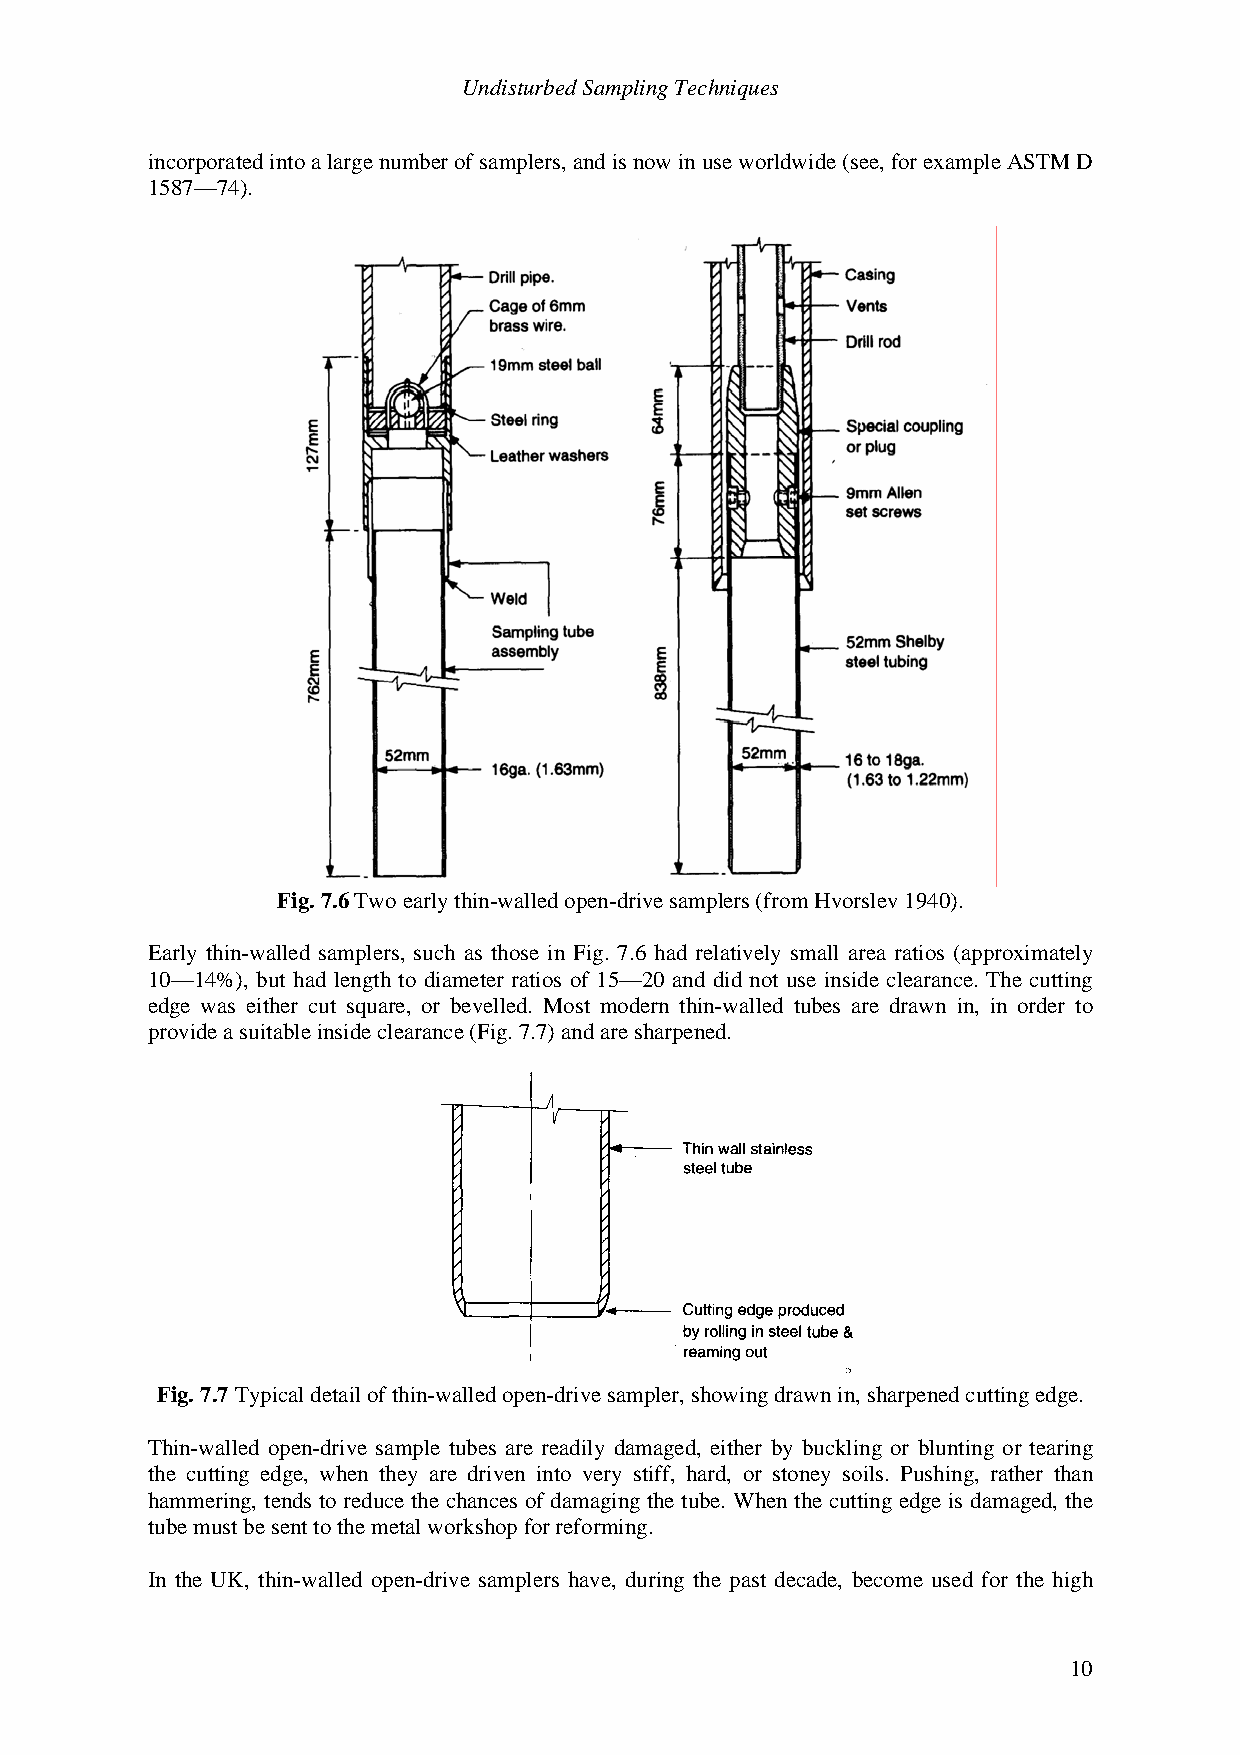
Undisturbed Sampling Techniques
 incorporated into a large number of samplers, and is now in use worldwide (see, for example ASTM D
 1587—74).
 Fig. 7.6 Two early thin-walled open-drive samplers (from Hvorslev 1940).
 Early thin-walled samplers, such as those in Fig. 7.6 had relatively small area ratios (approximately
 10—14%), but had length to diameter ratios of 15—20 and did not use inside clearance. The cutting
 edge was either cut square, or bevelled. Most modern thin-walled tubes are drawn in, in order to
 provide a suitable inside clearance (Fig. 7.7) and are sharpened.
 Fig. 7.7 Typical detail of thin-walled open-drive sampler, showing drawn in, sharpened cutting edge.
 Thin-walled open-drive sample tubes are readily damaged, either by buckling or blunting or tearing
 the cutting edge, when they are driven into very stiff, hard, or stoney soils. Pushing, rather than
 hammering, tends to reduce the chances of damaging the tube. When the cutting edge is damaged, the
 tube must be sent to the metal workshop for reforming.
 In the UK, thin-walled open-drive samplers have, during the past decade, become used for the high
 10